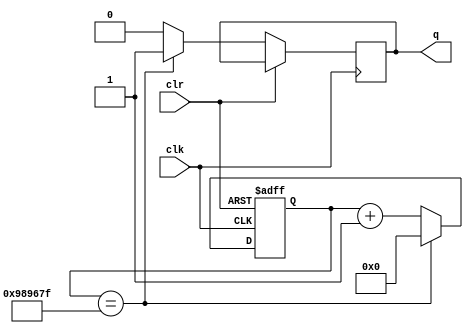
`timescale 1ns / 1ps
//////////////////////////////////////////////////////////////////////////////////
// Company: 
// Engineer: 
// 
// Design Name: 
// Module Name: clk_enableEN
// Project Name: 
// Target Devices: 
// Tool Versions: 
// Description: 
// 
// Dependencies: 
// 
// Revision:
// Revision 0.01 - File Created
// Additional Comments:
// 
//////////////////////////////////////////////////////////////////////////////////


module clk_enableEN (
    input clk,
    input clr,
    output reg q );
    
    reg [27:0] S;
    always @(posedge clk or posedge clr)begin
    if (clr == 1) begin
    S = 2'b00;
   end 
   else if (S==9999999) begin
    S=0;
   q=1;   
    end
    else begin
        S= S + 1;
        q=0;
    end
    
    end
    
    

    
        
    
endmodule